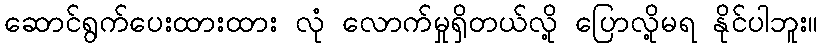
ဆောင်ရွက်ပေးထားထား လုံ လောက်မှုရှိတယ်လို့ ပြောလို့မရ နိုင်ပါဘူး။